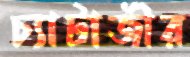
চ্যাটার্জীর